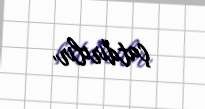
çatdırılır.